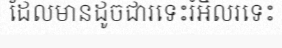
ដែលមានដូចជារទេះរំអិលរទេះ